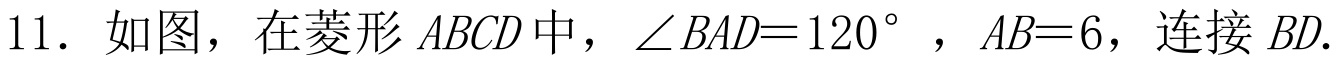
11. 如图，在菱形\(ABCD\)中，\(\angle BAD = 120^{\circ}\)，\(AB = 6\)，连接\(BD\).